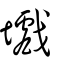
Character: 㚀